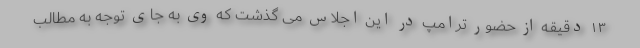
۱۳ دقیقه از حضور ترامپ در این اجلاس می گذشت که وی به جای توجه به مطالب